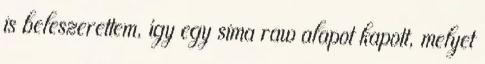
is beleszerettem, így egy sima raw alapot kapott, melyet